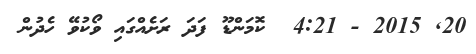
20